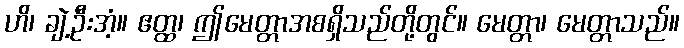
ဟိ၊ ချဲ့ဦးအံ့။ ဧတ္ထ၊ ဤမေတ္တာအစရှိသည်တို့တွင်။ မေတ္တာ၊ မေတ္တာသည်။